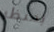
بمنظر